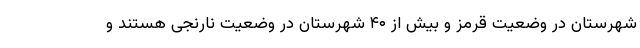
شهرستان در وضعیت قرمز و بیش از ۴۰ شهرستان در وضعیت نارنجی هستند و